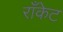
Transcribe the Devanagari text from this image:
राँकेट